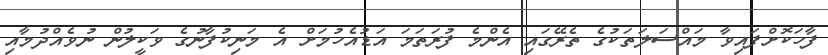
ފާހަކޮށްފައިވާ މައްސަލަތަކުގެ ތެރޭގައި އެންމެ ފުރަތަމަ އަޑުއެހުމަށް އެ މަނިކުފާނުގެ ވަކީލުން ނުވެއްދުމާއި